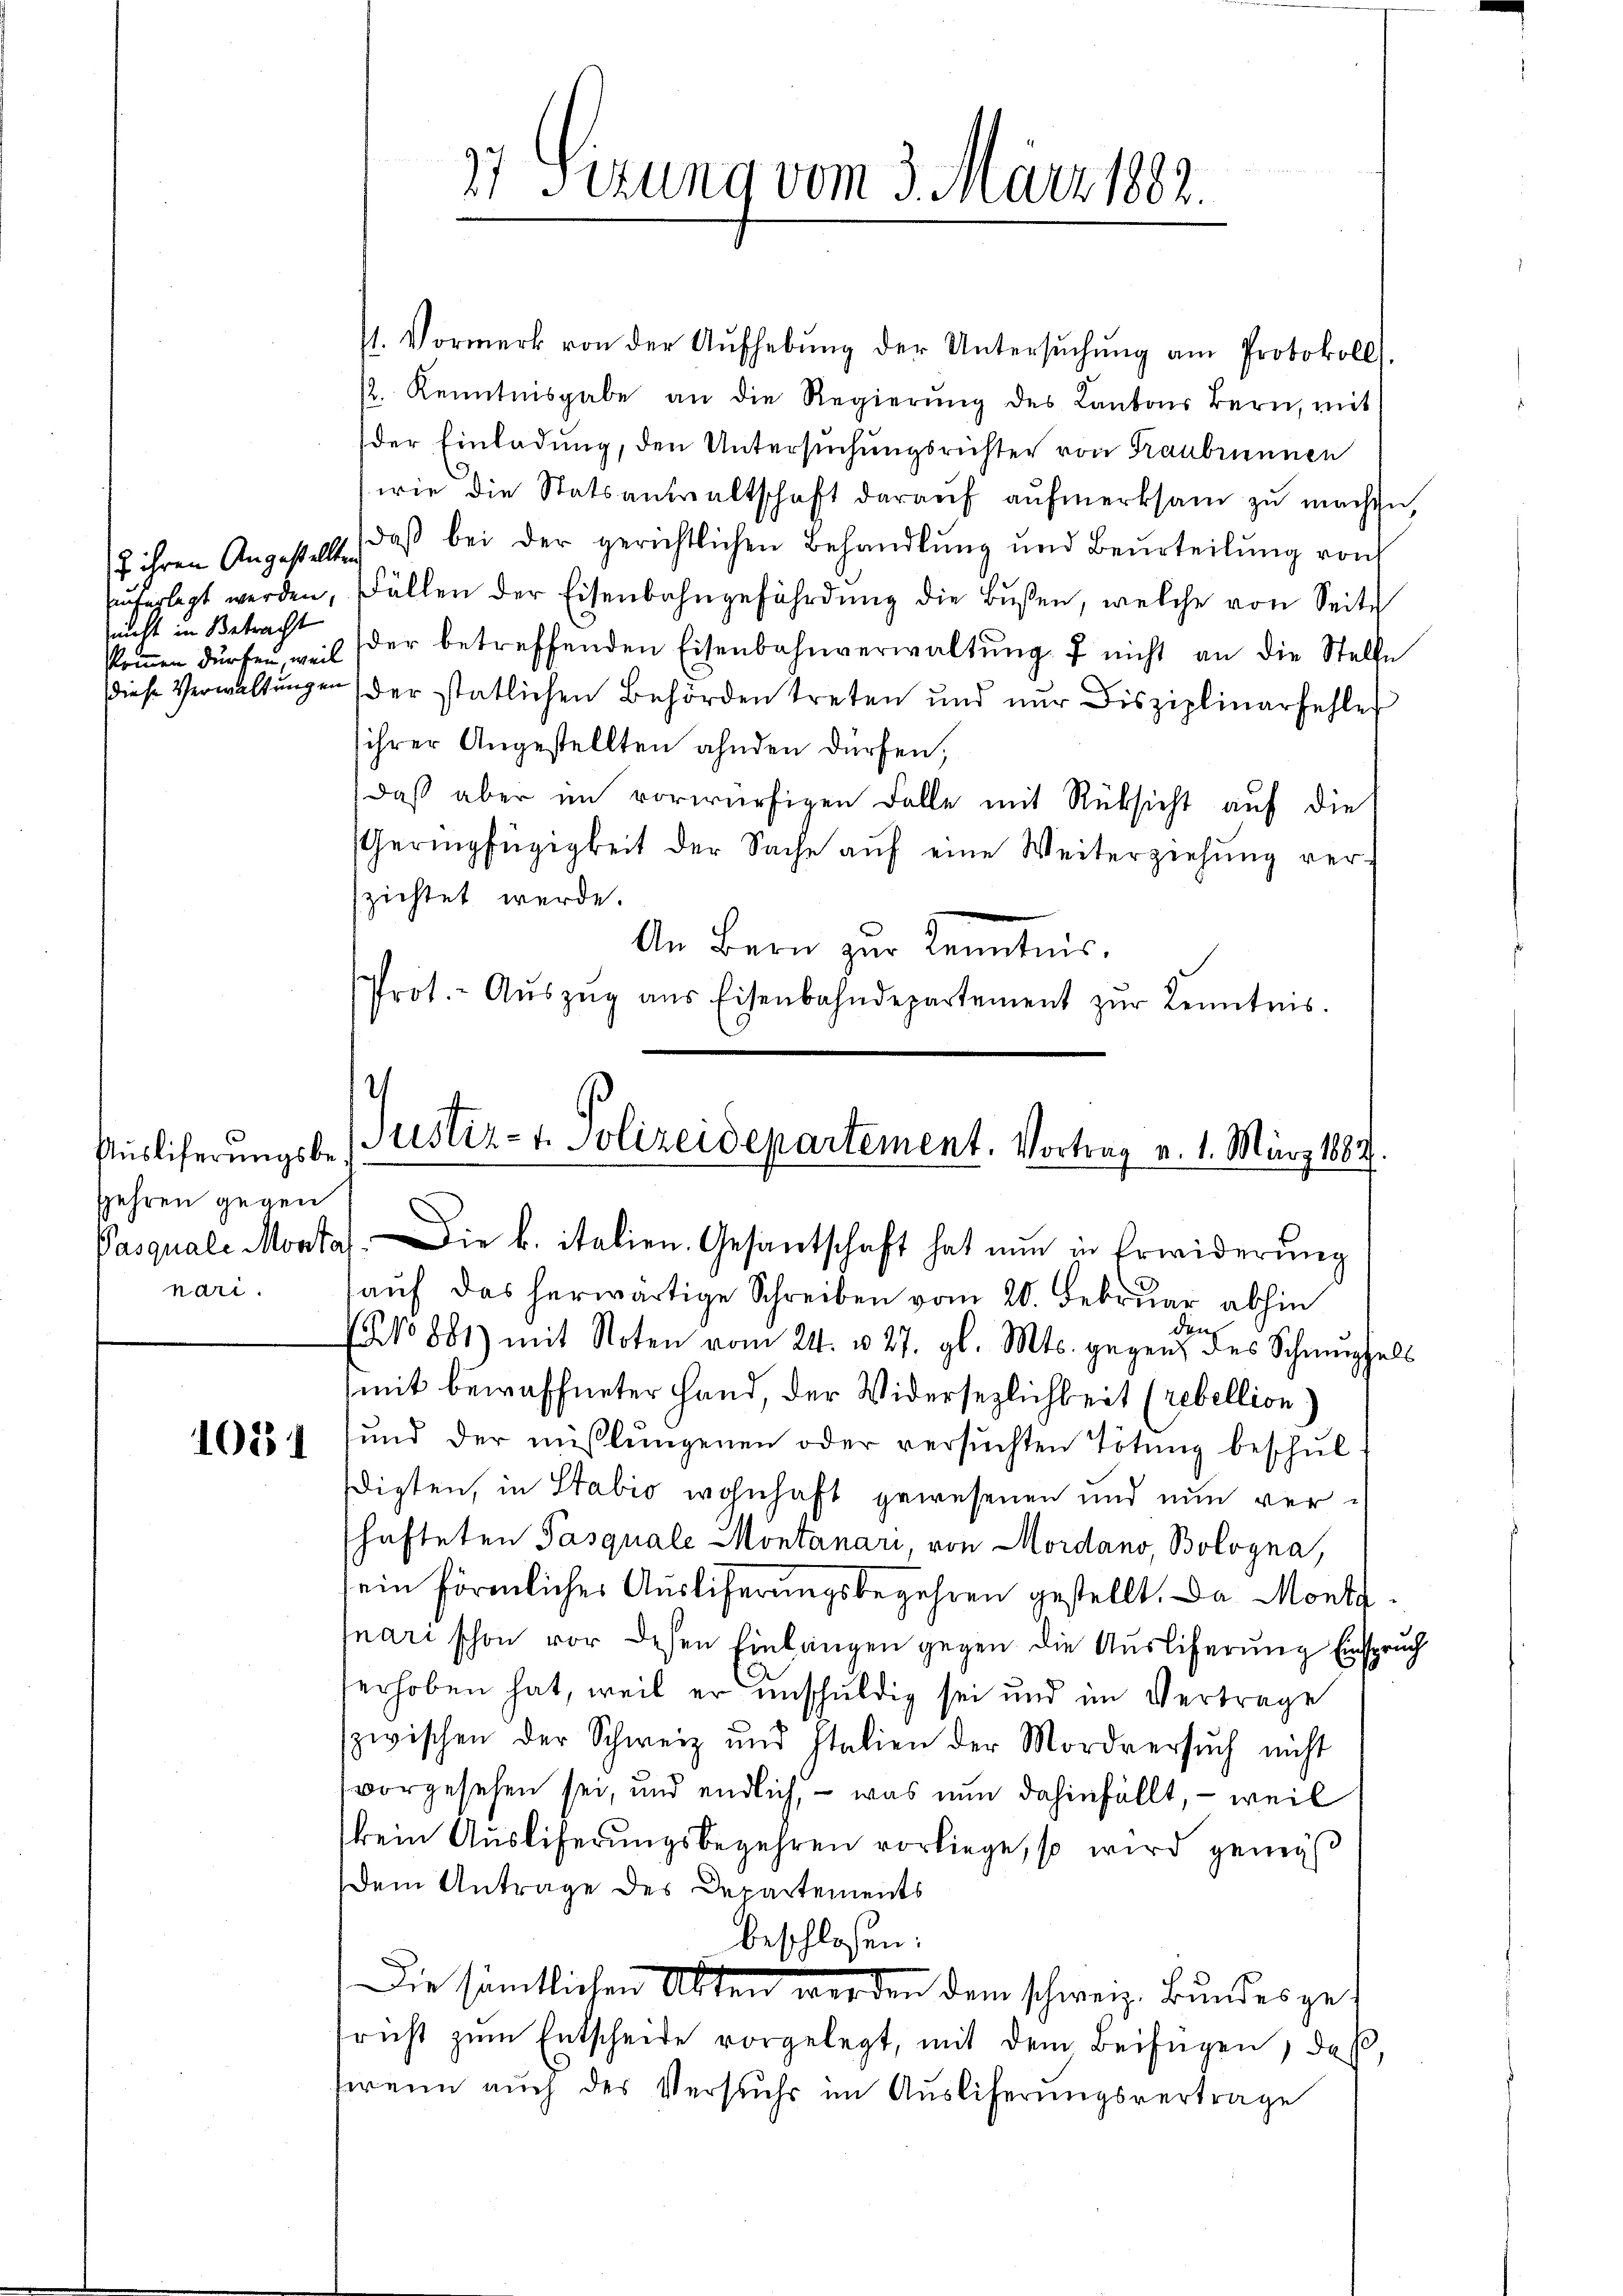
nicht in Betracht

Auslieferungsbespehren gegen
nari.

10254

71. Vormerk von der Aŭfhebŭng der Untersŭchŭng am Protokoll.
/. Kenntnisgabe an die Regierŭng des Lantons Bern, mit
der Einladung, den Untersuchungsrichter von Traubrunnen
wie die Statsanwaltschaft daraŭf aŭfmerksam zŭ machen,
t ihren Angestellt, daß bei der gerichtlichen Behandlung und Beurteilung von
suferlegt werden, fällen der Eisenbahngefährdung die Bußen, welche von Seite
kkoṁen dürfen, weil der betreffenden Eisenbahnverwaltŭng f nicht an die Stelle
diese Verwaltŭngen, der statlichen Behörden treten und nur Bisziplinarfehle
ihrer Angestellten ahnden dürfen;
daß aber im vorwürfigen Falle mit Rüksicht auf die
Geringfügigkeit der Sache auf eine Weiterziehung verzichtet werde.
An Bern zur Kenntnis.
Prot. - Aŭszŭg aŭs Eisenbahndepartement zŭr Kenntnis.

27 Sizung vom 3. März 1882.

.
Justiz- & Polizeidepartement. Vortrag v. 1. März 1883.
Pasquale Montal. Die k. italien. Gesantschaft hat nun in Erwiderung

auf das herwärtige Schreiben vom 20. Februar abhin
den
(No 881) mit Noten vom 24. u. 27. gl. Mts. gegen des Schnuppels
mit bewaffneter Hand, der Widersezlichkeit (rebellion
und der mißlŭngenen oder versuchten Tötung beschŭl-
digten, in Stabio wohnhaft gewesenen und nun verhafteten Pasquale Montanari, von Mordano, Bologna,
sein förmlicher Ausliferungsbegehren gestellt. Da Mont
nari schon vor dessen Einlängen gegen die Auslieferung Einspruch
erhoben hat, weil er unschuldig sei und im Vertrage
zwischen der Schweiz und Italien der Mordversuch nicht
vorgesehen sei, und endlich, – was nun dahinfällt, – weil
kein Auslieferungsbegehren vorliege, so wird geweis
Dem Antrage des Departements
beschlossen:
Die sämtlichen Akten worden dem schweiz. Bundesgefrist zŭm Entscheide vorgelegt, mit dem Beifügen, daß,
wenn auch des Versuchs im Auslieferungsvertrage